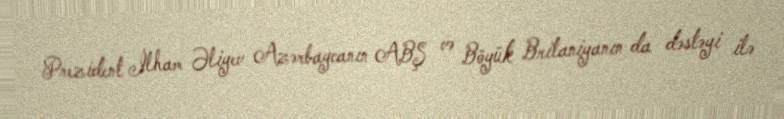
Prezident İlham Əliyev Azərbaycanın ABŞ və Böyük Britaniyanın da dəstəyi ilə